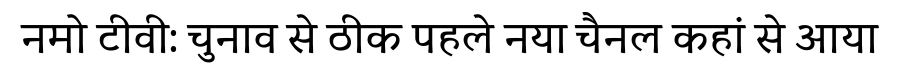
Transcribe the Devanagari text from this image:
नमो टीवी: चुनाव से ठीक पहले नया चैनल कहां से आया